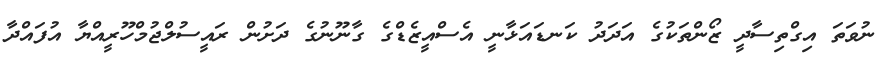
ނުވަތަ އިގްތިސާދީ ޒޯންތަކުގެ އަދަދު ކަނޑައަޅާނީ އެސްއީޒެޑްގެ ގާނޫނުގެ ދަށުން ރައީސުލްޖުމްހޫރީއްޔާ އުފައްދާ